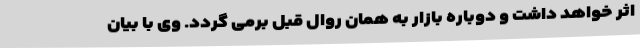
اثر خواهد داشت و دوباره بازار به همان روال قبل برمی گردد. وی با بیان